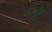
જૉ